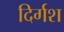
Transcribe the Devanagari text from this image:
दिर्गश